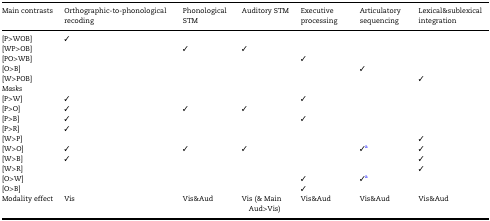
<table><thead><tr><td><b>Main contrasts</b></td><td><b>Orthographic-to-phonological recoding</b></td><td><b>Phonological STM</b></td><td><b>Auditory STM</b></td><td><b>Executive processing</b></td><td><b>Articulatory sequencing</b></td><td><b>Lexical&amp;sublexical integration</b></td></tr></thead><tbody><tr><td>[P&gt;WOB]</td><td>✓</td><td></td><td></td><td></td><td></td><td></td></tr><tr><td>[WP&gt;OB]</td><td></td><td>✓</td><td>✓</td><td></td><td></td><td></td></tr><tr><td>[PO&gt;WB]</td><td></td><td></td><td></td><td>✓</td><td></td><td></td></tr><tr><td>[O&gt;B]</td><td></td><td></td><td></td><td></td><td>✓</td><td></td></tr><tr><td>[W&gt;POB]</td><td></td><td></td><td></td><td></td><td></td><td>✓</td></tr><tr><td colspan="7"><i>Masks</i></td></tr><tr><td>[P&gt;W]</td><td>✓</td><td></td><td></td><td>✓</td><td></td><td></td></tr><tr><td>[P&gt;O]</td><td>✓</td><td>✓</td><td>✓</td><td></td><td></td><td></td></tr><tr><td>[P&gt;B]</td><td>✓</td><td></td><td></td><td>✓</td><td></td><td></td></tr><tr><td>[P&gt;R]</td><td>✓</td><td></td><td></td><td></td><td></td><td></td></tr><tr><td>[W&gt;P]</td><td></td><td></td><td></td><td></td><td></td><td>✓</td></tr><tr><td>[W&gt;O]</td><td>✓</td><td>✓</td><td>✓</td><td></td><td>✓<sup>a</sup></td><td>✓</td></tr><tr><td>[W&gt;B]</td><td>✓</td><td></td><td></td><td></td><td></td><td>✓</td></tr><tr><td>[W&gt;R]</td><td></td><td></td><td></td><td></td><td></td><td>✓</td></tr><tr><td>[O&gt;W]</td><td></td><td></td><td></td><td>✓</td><td>✓<sup>a</sup></td><td></td></tr><tr><td>[O&gt;B]</td><td></td><td></td><td></td><td>✓</td><td></td><td></td></tr><tr><td>Modality effect</td><td>Vis</td><td>Vis&amp;Aud</td><td>Vis (&amp; Main Aud&gt;Vis)</td><td>Vis&amp;Aud</td><td>Vis&amp;Aud</td><td>Vis&amp;Aud</td></tr></tbody></table>